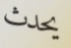
يحدث